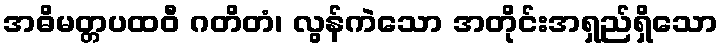
အဓိမတ္တပထဝီ ဂတိတံ၊ လွန်ကဲသော အတိုင်းအရှည်ရှိသော